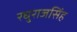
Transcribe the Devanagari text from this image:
रघुराजसिंह